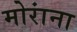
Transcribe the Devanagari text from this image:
मोरांना